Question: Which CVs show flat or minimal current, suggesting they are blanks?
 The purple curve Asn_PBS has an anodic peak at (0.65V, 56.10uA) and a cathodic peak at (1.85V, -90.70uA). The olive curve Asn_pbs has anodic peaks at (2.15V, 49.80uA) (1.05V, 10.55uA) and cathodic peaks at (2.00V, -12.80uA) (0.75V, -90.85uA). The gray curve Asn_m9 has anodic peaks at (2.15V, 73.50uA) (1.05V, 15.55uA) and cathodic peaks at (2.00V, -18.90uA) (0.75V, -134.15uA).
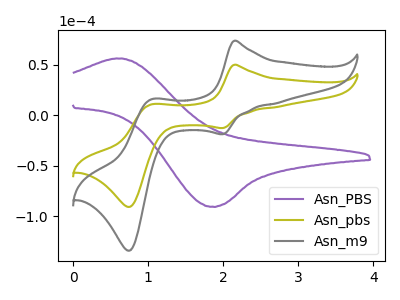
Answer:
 <answer>There are not any CV's on this graph that are likely to be blanks.</answer>
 <eval>none</eval>